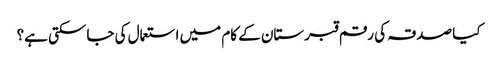
کیا صدقہ کی رقم قبرستان کے کام میں استعمال کی جاسکتی ہے؟